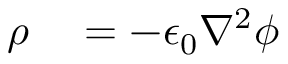
\begin{array} { r l } { \rho } & { { } = - \epsilon _ { 0 } \nabla ^ { 2 } \phi } \end{array}